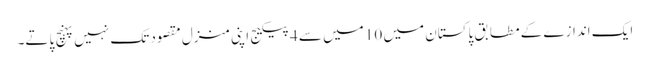
ایک اندازے کے مطابق پاکستان میں 10 میں سے 4 پیکیج اپنی منزل مقصود تک نہیں پہنچ پاتے۔